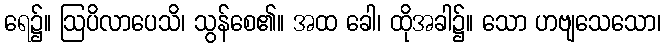
ရေ၌။ ဩပိလာပေသိ၊ သွန်စေ၏။ အထ ခေါ၊ ထိုအခါ၌။ သော ဟဗျသေသော၊